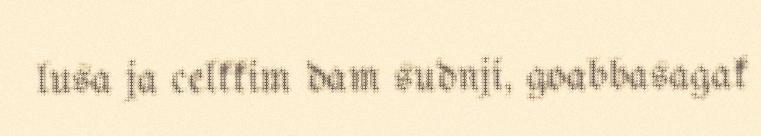
lusa ja celkkim dam sudnji, goabbasagak